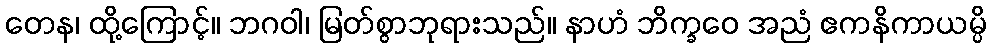
တေန၊ ထို့ကြောင့်။ ဘဂဝါ၊ မြတ်စွာဘုရားသည်။ နာဟံ ဘိက္ခဝေ အညံ ဧကနိကာယမ္ပိ